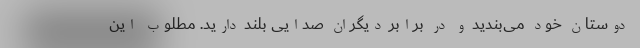
دوستان خود می‌بندید و در برابر دیگران صدایی بلند دارید. مطلوب این